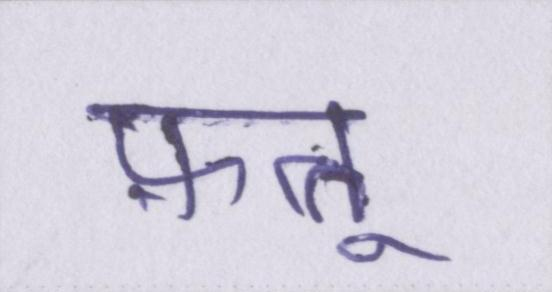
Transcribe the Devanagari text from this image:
फ़त्तू